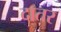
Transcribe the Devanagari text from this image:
दातर